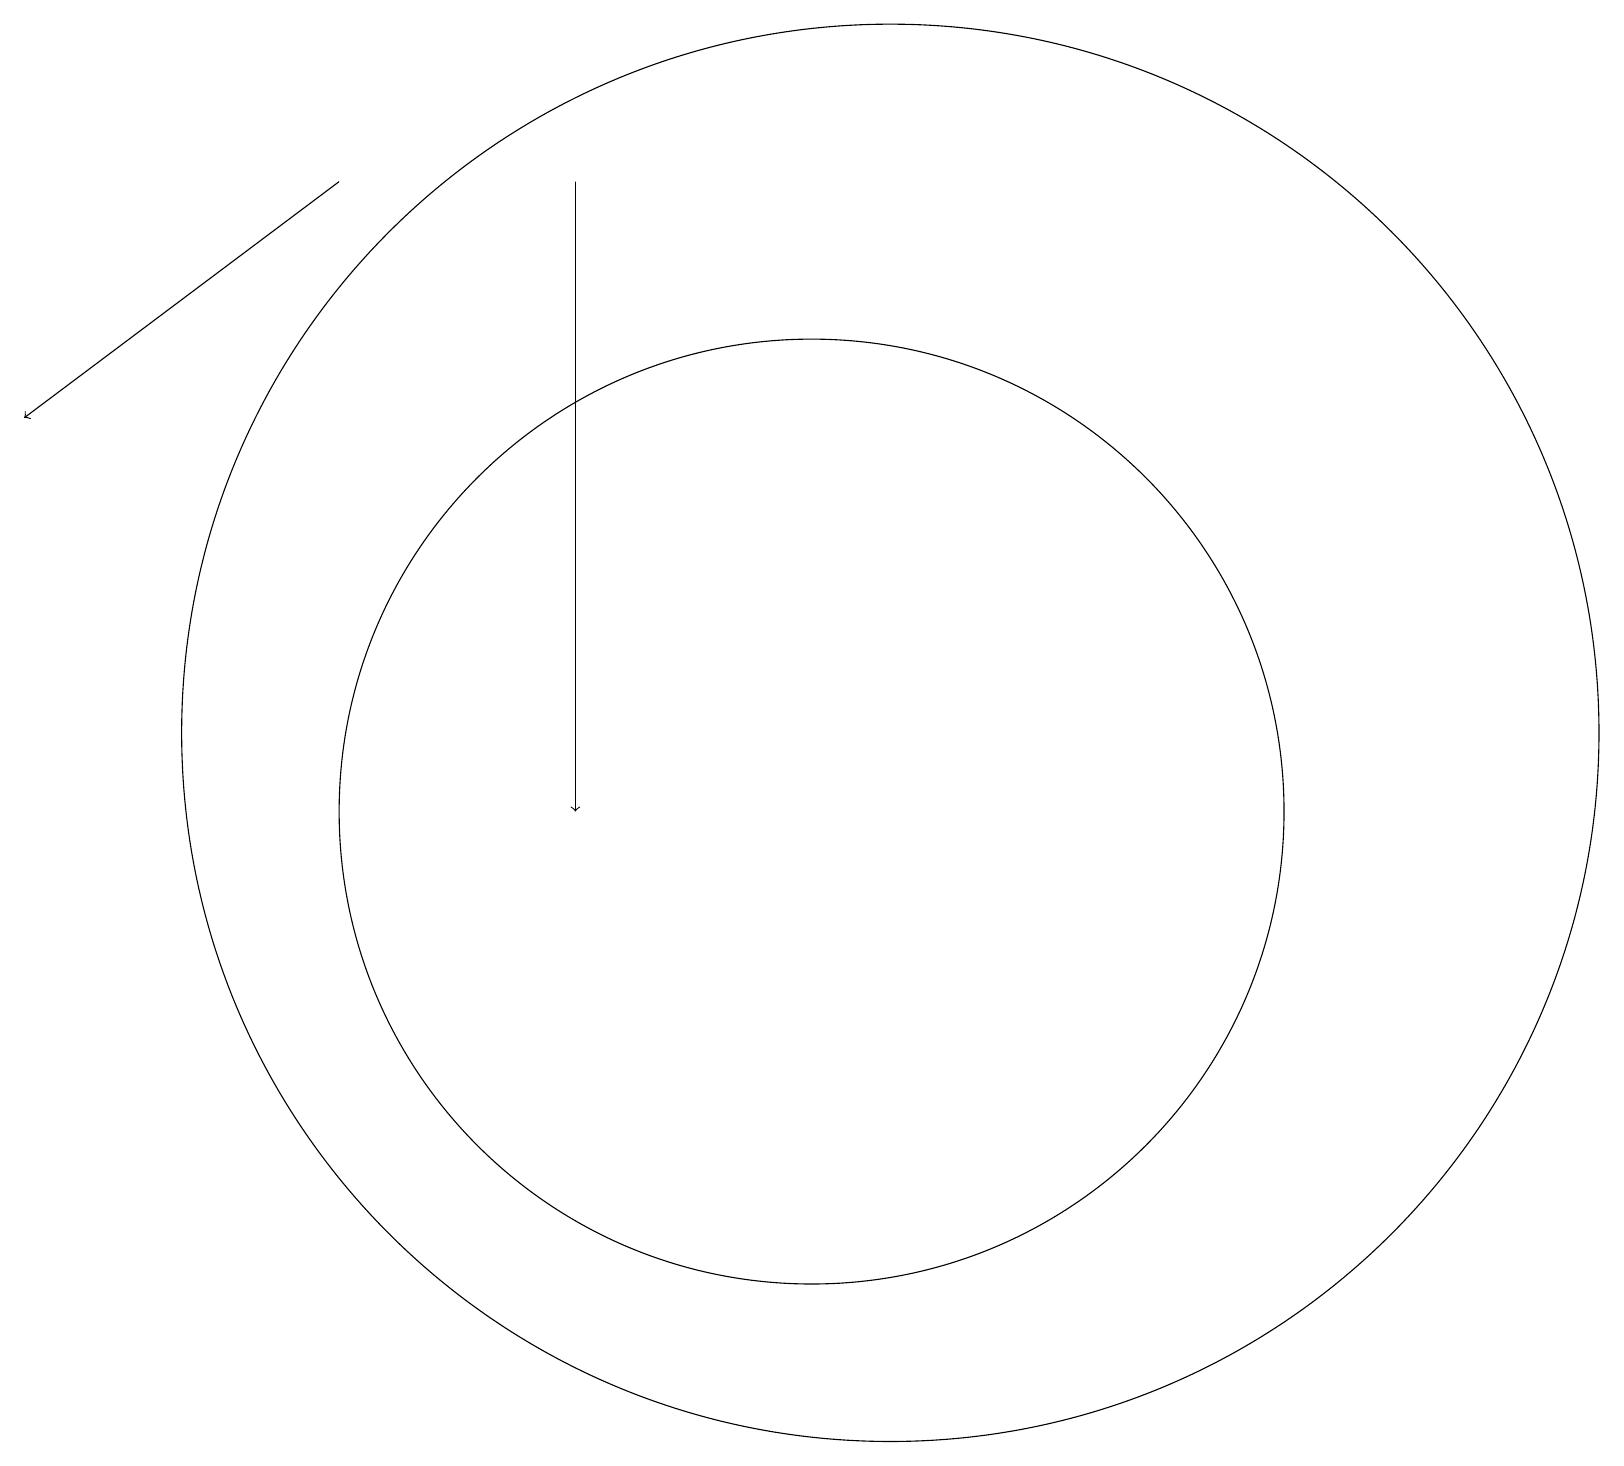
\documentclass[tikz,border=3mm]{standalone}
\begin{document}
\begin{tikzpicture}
\draw (11,11) circle (6);
\draw[->] (5,19) -- (1,16);
\draw[->] (8,16) -- (8,11);
\draw (12,12) circle (9);
\draw (8,12) rectangle (8,19);
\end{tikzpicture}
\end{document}